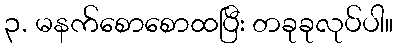
၃. မနက်စောစောထပြီး တခုခုလုပ်ပါ။